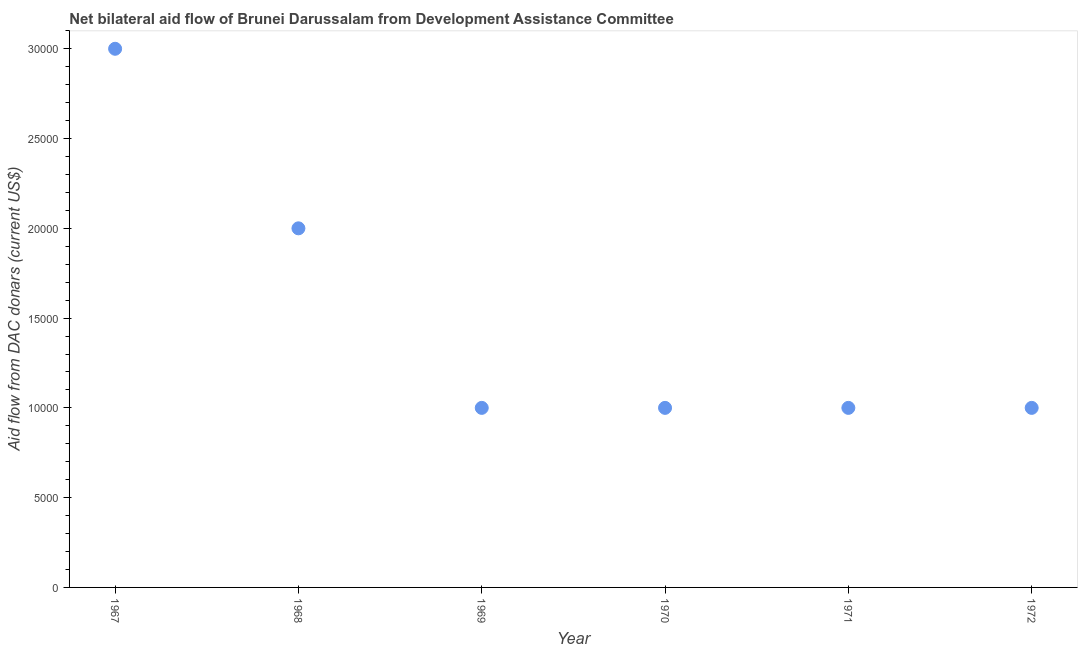
| Year | Net bilateral aid flows from DAC donors |
 | --- | --- |
 | 1967 | 3e+04 |
 | 1968 | 2e+04 |
 | 1969 | 1e+04 |
 | 1970 | 1e+04 |
 | 1971 | 1e+04 |
 | 1972 | 1e+04 |